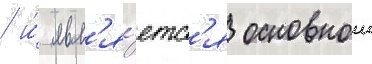
/ и́ явл'я́етс'я основнои